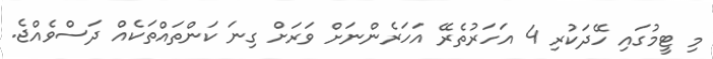
މި ޓީމުގައި ހޭދަކުރި 4 އަހަރުތެރޭ އަހަރެންނަށް ވަރަށް ގިނަ ކަންތައްތަކެއް ދަސްވެއްޖެ.